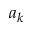
a _ { k }